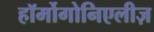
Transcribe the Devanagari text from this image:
हॉर्मोगोनिएलीज़